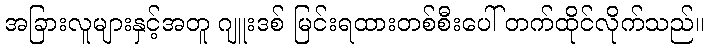
အခြားလူများနှင့်အတူ ဂျူးဒစ် မြင်းရထားတစ်စီးပေါ် တက်ထိုင်လိုက်သည်။